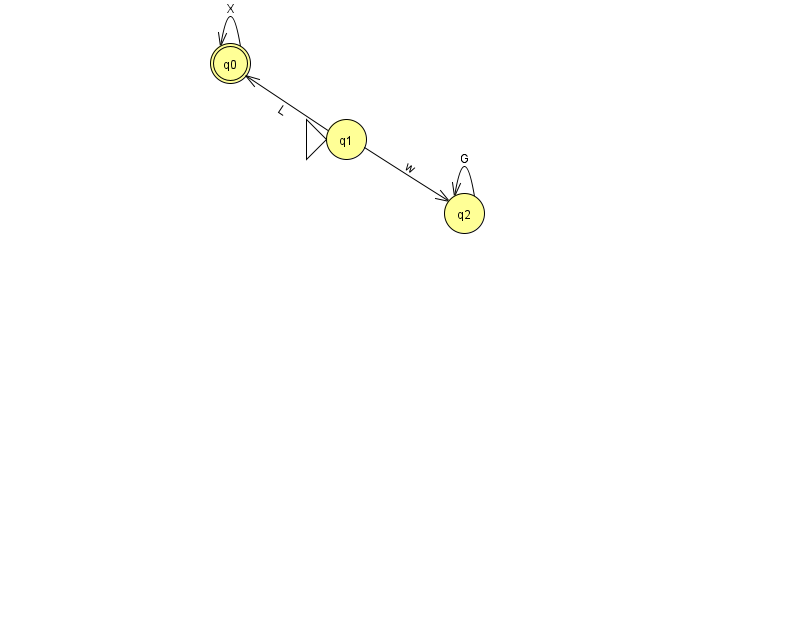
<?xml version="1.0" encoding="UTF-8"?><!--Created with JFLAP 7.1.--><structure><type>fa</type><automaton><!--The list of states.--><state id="0" name="q0"><x>230.0</x><y>50.0</y><final/></state><state id="1" name="q1"><x>346.0</x><y>126.0</y><initial/></state><state id="2" name="q2"><x>464.0</x><y>200.0</y></state><!--The list of transitions.--><transition><from>1</from><to>0</to><read>L</read></transition><transition><from>2</from><to>2</to><read>G</read></transition><transition><from>0</from><to>0</to><read>X</read></transition><transition><from>1</from><to>2</to><read>w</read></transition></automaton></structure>